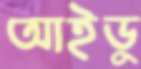
আইডু